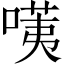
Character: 𠺹